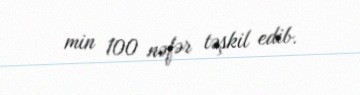
min 100 nəfər təşkil edib.